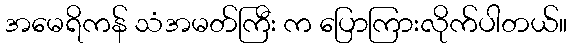
အမေရိကန် သံအမတ်ကြီး က ပြောကြားလိုက်ပါတယ်။